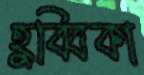
হুব্বিকা